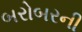
બરોબરની